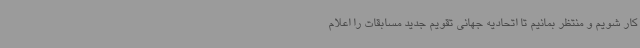
کار شویم و منتظر بمانیم تا اتحادیه جهانی تقویم جدید مسابقات را اعلام